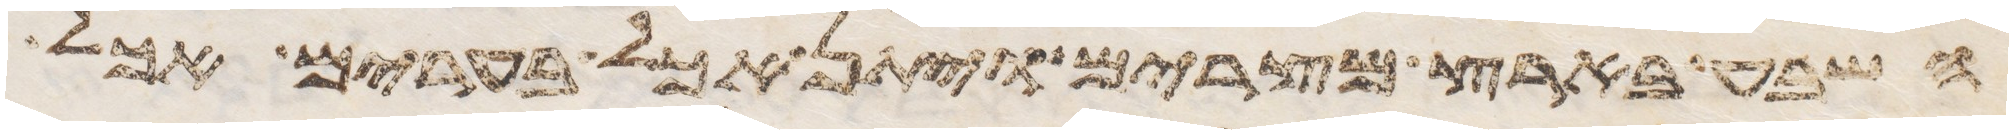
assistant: השבע בארץ מצרים ויתן אכל בערים אכל